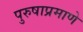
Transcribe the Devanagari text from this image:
पुरुषाप्रमाणे